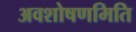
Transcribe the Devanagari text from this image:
अवशोषणमिति